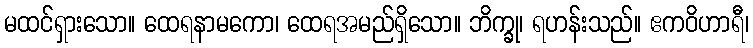
မထင်ရှားသော။ ထေရနာမကော၊ ထေရအမည်ရှိသော။ ဘိက္ခု၊ ရဟန်းသည်။ ဧကဝိဟာရီ၊